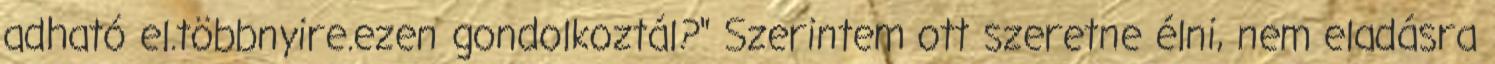
adható el.többnyire.ezen gondolkoztál?" Szerintem ott szeretne élni, nem eladásra